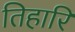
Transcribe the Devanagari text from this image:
तिहारि